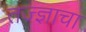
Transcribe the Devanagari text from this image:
तज्ज्ञाचा